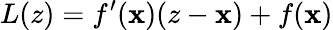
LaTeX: L(z)=f^{\prime}(\mathbf{x})(z-\mathbf{x})+f(\mathbf{x})